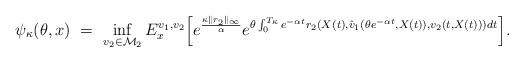
LaTeX: \begin{align*}\psi_{\kappa}(\theta, x) \ = \ \inf_{v_2 \in {\mathcal M}_2}E^{v_1, v_2}_x \Big[e^{\frac{\kappa \|r_2\|_{\infty}}{\alpha}} e^{\theta \int^{T_\kappa}_0e^{-\alpha t} r_2(X(t), \hat v_1(\theta e^{-\alpha t}, X(t)), v_2(t, X(t)))dt}\Big].\end{align*}